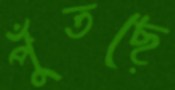
পুঁতছে